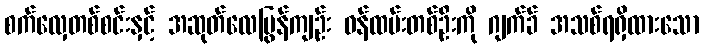
စက်လှေတစ်စင်းနှင့် အဆုတ်လေပြွန်ကျဉ်း ဝန်ထမ်းတစ်ဦးကို ဂျက်ခ် အသစ်ရရှိထားသော